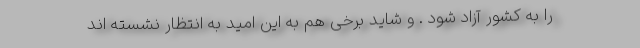
را به کشور آزاد شود . و شاید برخی هم به این امید به انتظار نشسته اند